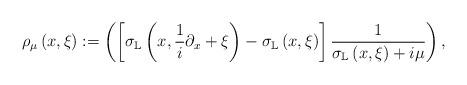
LaTeX: \begin{align*}\rho_{\mu}\left( x,\xi\right) :=\left( \left[ \sigma_{\mathbb{L}}\left(x,\frac{1}{i}\partial_{x}+\xi\right) -\sigma_{\mathbb{L}}\left(x,\xi\right) \right] \frac{1}{\sigma_{\mathbb{L}}\left( x,\xi\right)+i\mu}\right) , \end{align*}